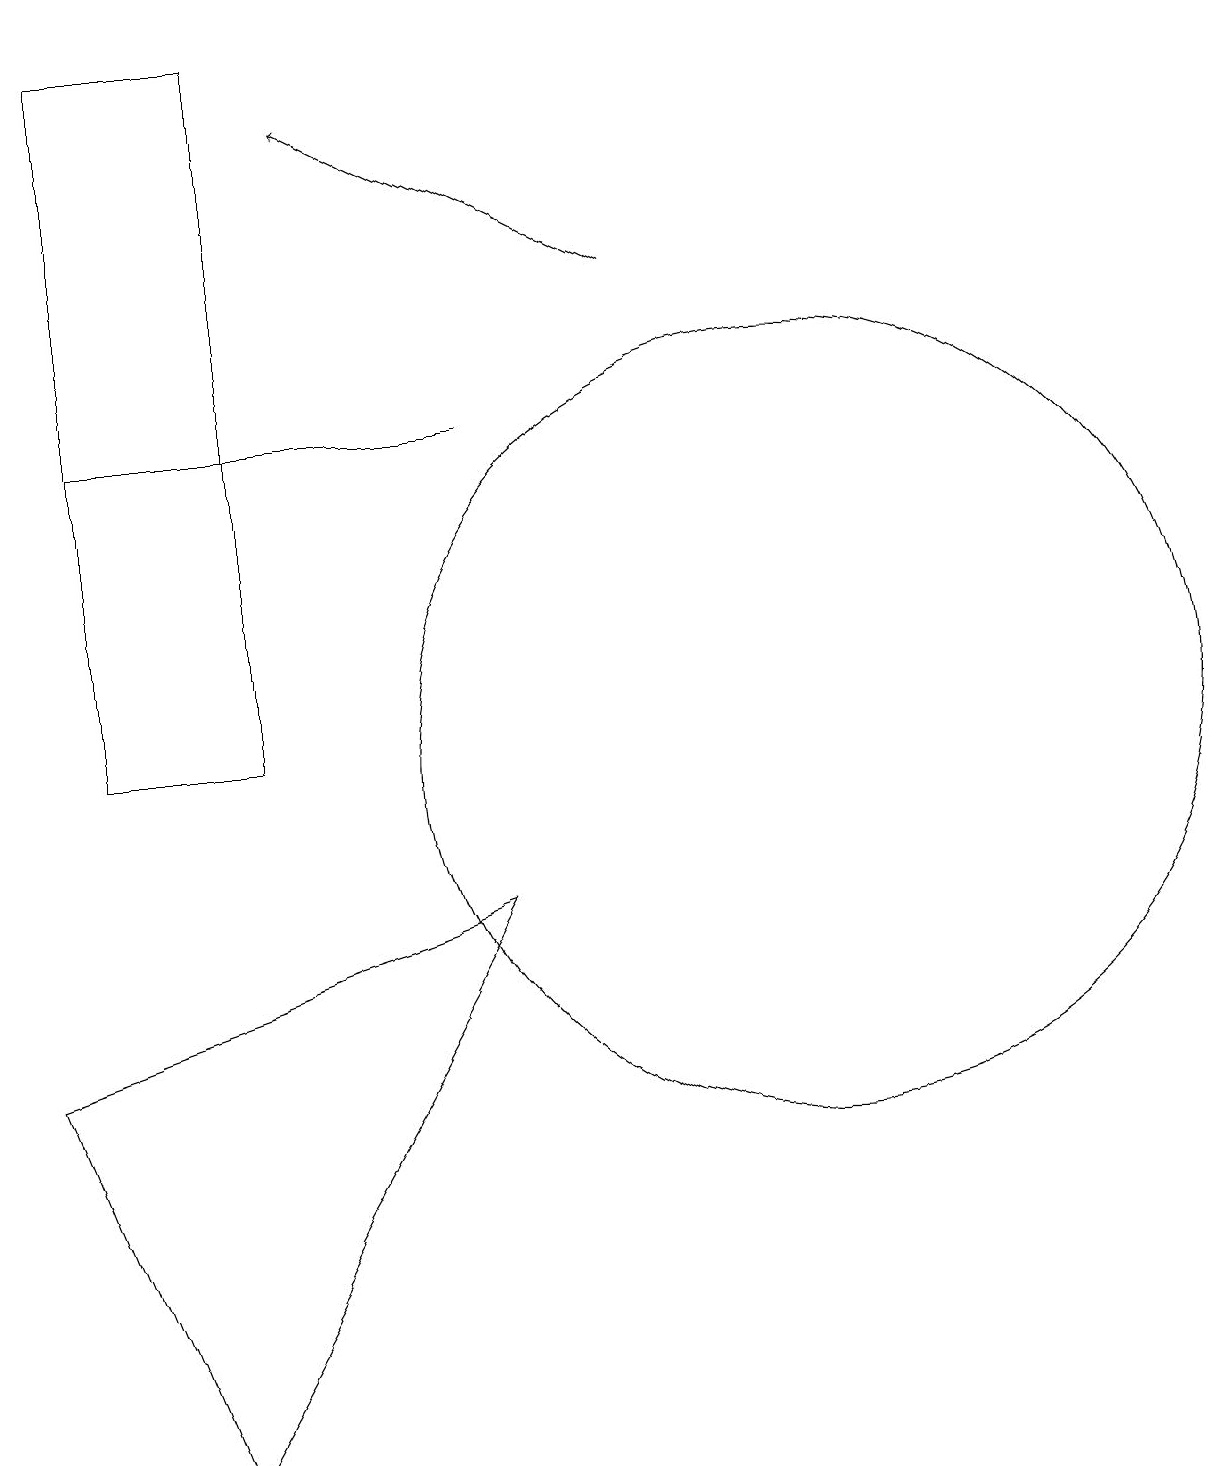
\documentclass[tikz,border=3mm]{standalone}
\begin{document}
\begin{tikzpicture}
\draw (11,10) circle (5);
\draw (7,8) -- (3,1) -- (1,6) -- cycle;
\draw (2,14) rectangle (7,14);
\draw[->] (9,16) -- (5,18);
\draw (4,10) rectangle (2,19);
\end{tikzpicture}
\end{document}